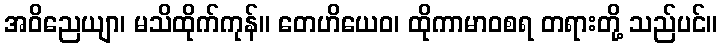
အဝိညေယျာ၊ မသိထိုက်ကုန်။ တေဟိယေဝ၊ ထိုကာမာဝစရ တရားတို့ သည်ပင်။